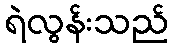
ရဲလွန်းသည်